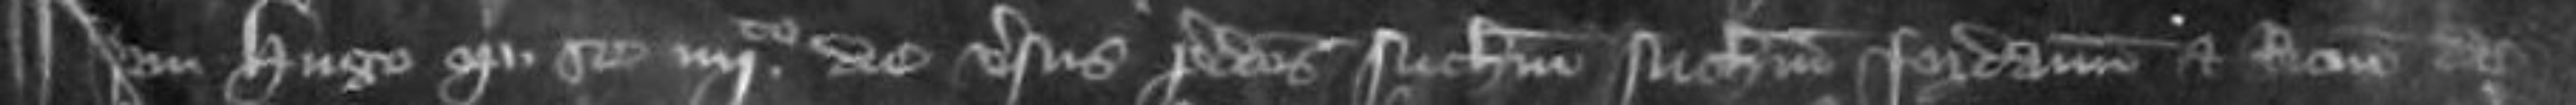
Idem Hugo optulit se quarto die versus predictos Nicholaum Nicholaum Jordanum et Ricardum de